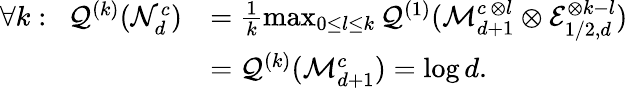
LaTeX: \begin{array}{rl}{\forall k:\, \, \, \mathcal{Q}^{(k)}({\cal N}_{d}^{c})}&{=\frac{1}{k}\operatorname*{max}_{0\leq l\leq k}\mathcal{Q}^{(1)}({\cal M}_{d+1}^{c\, \otimes l}\otimes\mathcal{E}_{1/2,d}^{\otimes k-l})}\\ &{=\mathcal{Q}^{(k)}({\cal M}_{d+1}^{c})=\log d.}\end{array}